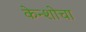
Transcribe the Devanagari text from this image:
केन्शोचा